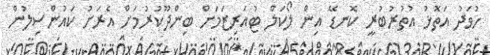
ހުވަދު އަތޮޅު އުތުރުބުރީ ކޮނޑޭ އިން ލޯކަލް ޓުއަރިޒަމަށް ބިންދޫކުރުމަށް އެރަށު ކައުންސިލުން